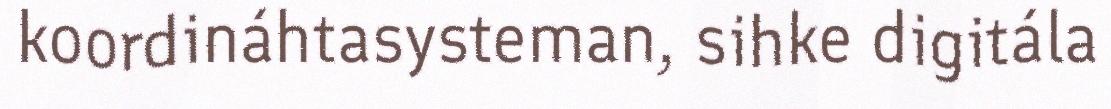
koordináhtasysteman, sihke digitála